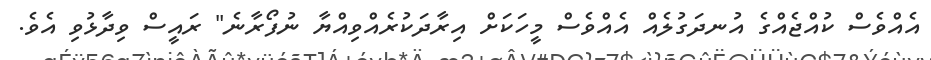
އެއްވެސް ކުއްޖެއްގެ އުނދަގުލެއް އެއްވެސް މީހަކަށް އިރާދަކުރެއްވިއްޔާ ނުފޯރާނެ" ރައީސް ވިދާޅުވި އެވެ.